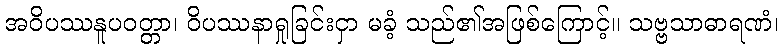
အဝိပဿနူပဝတ္တာ၊ ဝိပဿနာရှုခြင်းငှာ မခံ့ သည်၏အဖြစ်ကြောင့်။ သဗ္ဗသာဓာရဏံ၊